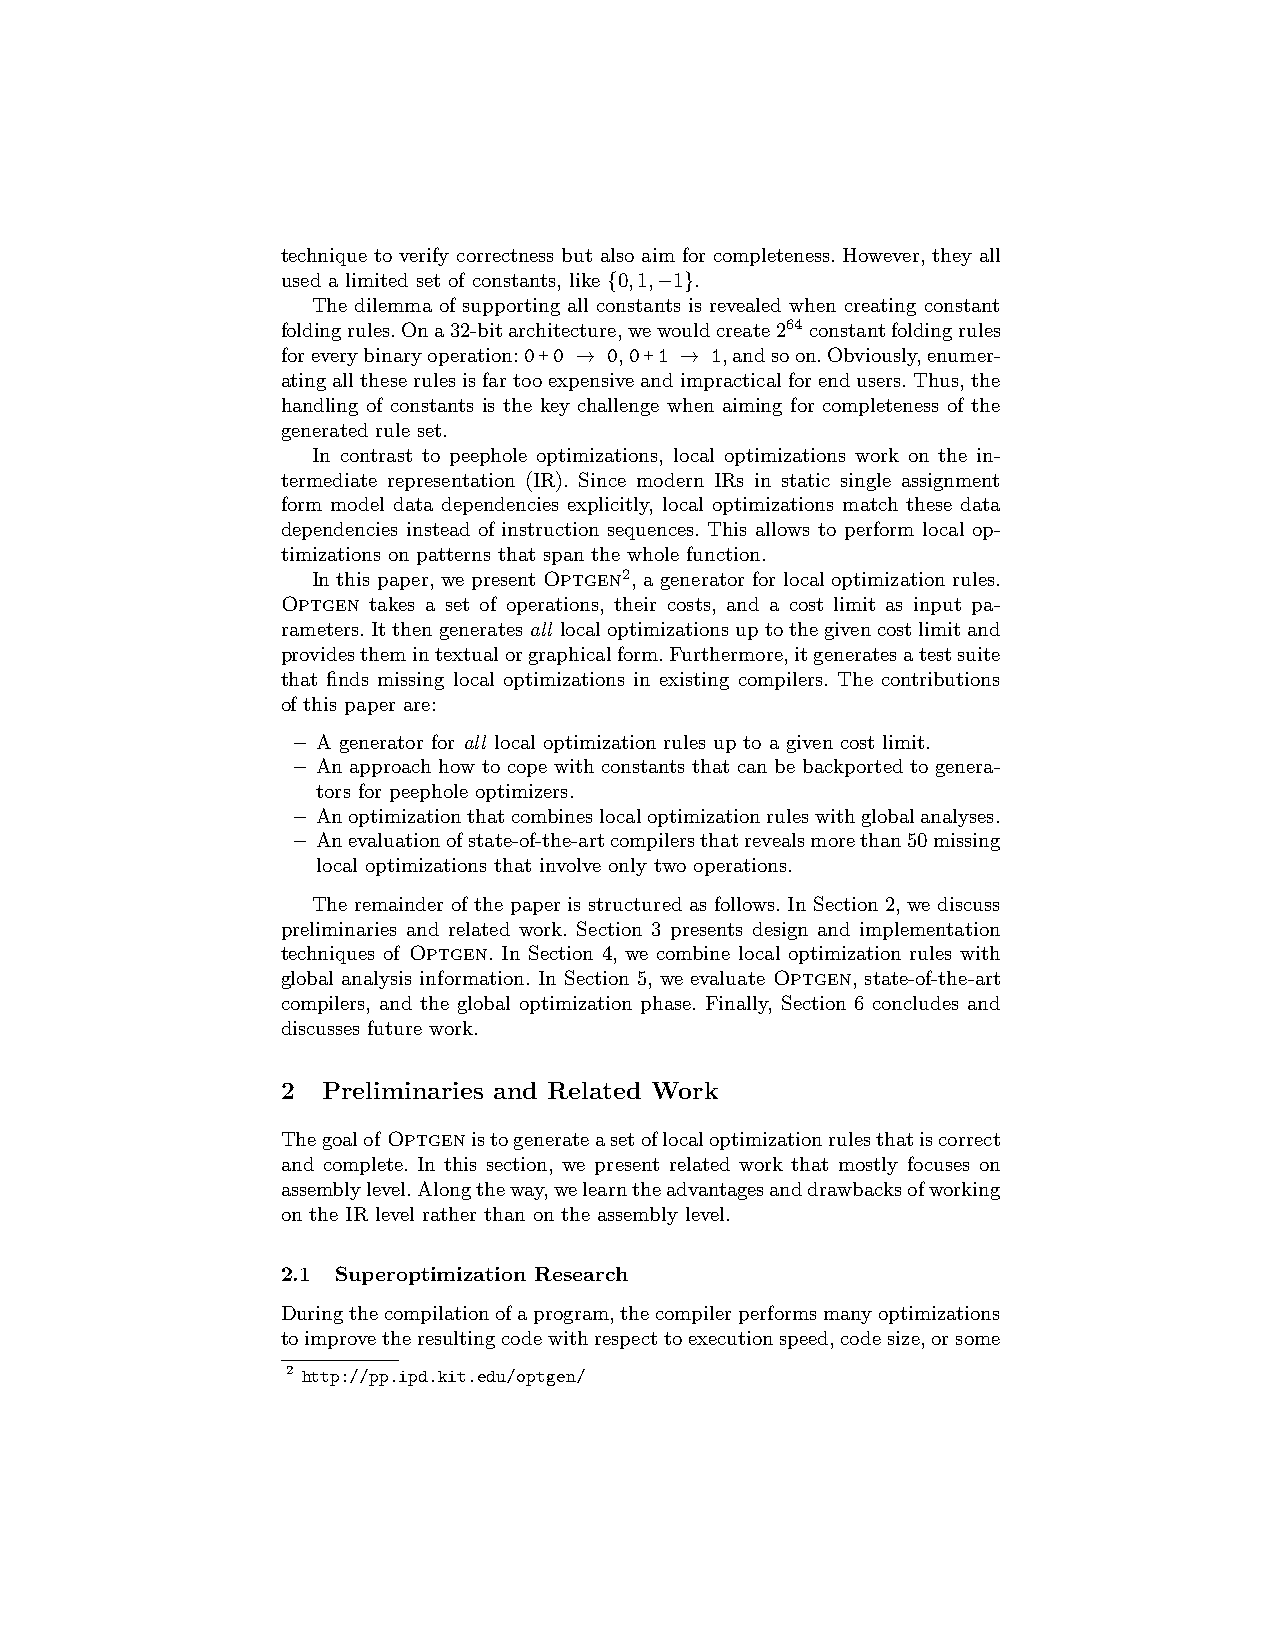
technique to verify correctness but also aim for completeness. However, they all
 used a limited set of constants, like {0,1,−1}.
 The dilemma of supporting all constants is revealed when creating constant
 foldingrules.Ona32-bitarchitecture,wewouldcreate264 constantfoldingrules
 foreverybinaryoperation:0+0 → 0,0+1 → 1,andsoon.Obviously,enumer-
 atingalltheserulesisfartooexpensiveandimpracticalforendusers.Thus,the
 handling of constants is the key challenge when aiming for completeness of the
 generated rule set.
 In contrast to peephole optimizations, local optimizations work on the in-
 termediate representation (IR). Since modern IRs in static single assignment
 form model data dependencies explicitly, local optimizations match these data
 dependencies instead of instruction sequences. This allows to perform local op-
 timizations on patterns that span the whole function.
 In this paper, we present Optgen2, a generator for local optimization rules.
 Optgen takes a set of operations, their costs, and a cost limit as input pa-
 rameters.Itthengeneratesall localoptimizationsuptothegivencostlimitand
 providesthemintextualorgraphicalform.Furthermore,itgeneratesatestsuite
 that finds missing local optimizations in existing compilers. The contributions
 of this paper are:
 – A generator for all local optimization rules up to a given cost limit.
 – An approach how to cope with constants that can be backported to genera-
 tors for peephole optimizers.
 – Anoptimizationthatcombineslocaloptimizationruleswithglobalanalyses.
 – Anevaluationofstate-of-the-artcompilersthatrevealsmorethan50missing
 local optimizations that involve only two operations.
 The remainder of the paper is structured as follows. In Section 2, we discuss
 preliminaries and related work. Section 3 presents design and implementation
 techniques of Optgen. In Section 4, we combine local optimization rules with
 global analysis information. In Section 5, we evaluate Optgen, state-of-the-art
 compilers, and the global optimization phase. Finally, Section 6 concludes and
 discusses future work.
 2 Preliminaries and Related Work
 Thegoalof Optgenistogenerateasetoflocaloptimizationrulesthatiscorrect
 and complete. In this section, we present related work that mostly focuses on
 assemblylevel.Alongtheway,welearntheadvantagesanddrawbacksofworking
 on the IR level rather than on the assembly level.
 2.1 Superoptimization Research
 Duringthecompilationofaprogram,thecompilerperformsmanyoptimizations
 toimprovetheresultingcodewithrespecttoexecutionspeed,codesize,orsome
 2 http://pp.ipd.kit.edu/optgen/